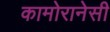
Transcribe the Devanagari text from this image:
कामोरानेसी